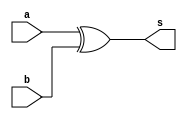
module half_adder (
    input  a,b,
    output s
);

assign s = a^b;
endmodule

module adder_1bit (
    input a,b,ci,
    output s,co
);

assign s = a^b^ci;
assign co = (a&b)|(ci&(a^b));
endmodule

module adder_8bit (
    input  [7:0] a,b,
    input        ci,
    output [7:0] s,
    output       co
);

wire [8:0] temp_co;

assign temp_co[0] = ci;

generate
    genvar i;
    for (i = 0;i<8 ;i=i+1 ) begin:adder_simple
        adder_1bit adder_unit(.a(a[i]),.b(b[i]),.ci(temp_co[i]),.s(s[i]),.co(temp_co[i+1]));
    end
endgenerate

assign co=temp_co[8];
endmodule

module cla4 (
    input [3:0]a,b,
    input ci,
    output co
);

wire [3:0]G,P;

generate
    genvar i;
    for (i = 0;i<4 ;i=i+1 ) begin
       assign G[i] = a[i] & b[i];
       assign P[i] = a[i] | b[i]; 
    end
endgenerate

assign co = G[3] | P[3]&G[2] | P[3]&P[2]&G[1] |
            P[3]&P[2]&P[1]&G[0] | P[3]&P[2]&P[1]&P[0]&ci; 
    
endmodule

module adder_8bit_fast (
    input  [7:0] a,b,
    input        ci,
    output [7:0] s,
    output       co
);

wire [8:0] temp_co;
cla4 u_cla4(.a(a[3:0]),.b(b[3:0]),.ci(ci),.co(temp_co[3]));
generate
    genvar i;
    for (i = 0;i<4 ;i=i+1 ) begin
        adder_1bit adder_unit(.a(a[i]),.b(b[i]),.ci(temp_co[i]),.s(s[i]),.co(temp_co[i+1]));
        adder_1bit adder_unit2(.a(a[i+4]),.b(b[i+4]),.ci(temp_co[i+4]),.s(s[i+4]),.co(temp_co[i+5]));
    end
endgenerate
endmodule